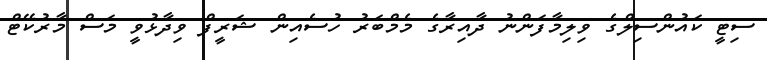
ސިޓީ ކައުންސިލްގެ ވިލިމާފަންނު ދާއިރާގެ މެމްބަރު ހުސެއިން ޝަރީފް ވިދާޅުވީ މަސް މާރުކޭޓް